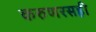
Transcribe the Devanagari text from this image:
करुणरसही